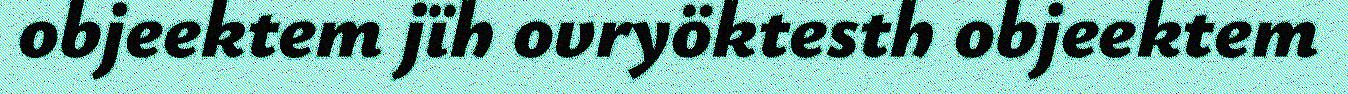
objeektem jïh ovryöktesth objeektem